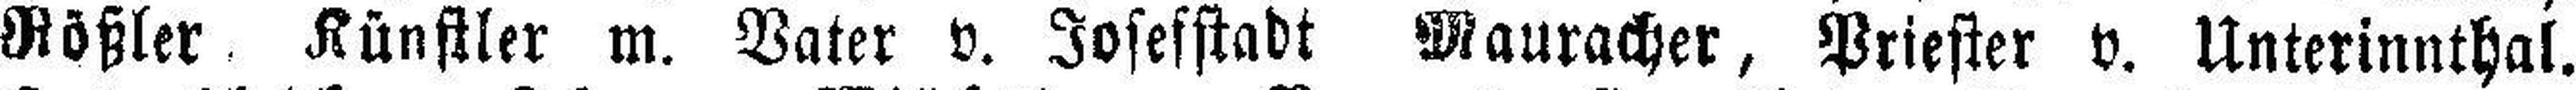
Rößler Künstler m. Vater v. Josefstadt Mauracher, Priester v. Unterinnthal.